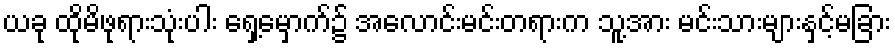
ယခု ထိုမိဖုရားသုံးပါး ရှေ့မှောက်၌ အလောင်းမင်းတရားက သူ့အား မင်းသားများနှင့်မခြား